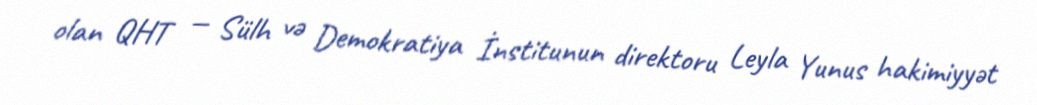
olan QHT — Sülh və Demokratiya İnstitunun direktoru Leyla Yunus hakimiyyət